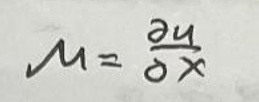
\[
\mu=\frac{\partial u}{\partial x}
\]